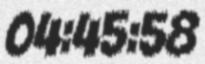
04:45:58